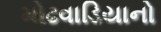
મોઢવાડિયાનો